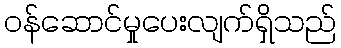
ဝန်ဆောင်မှုပေးလျက်ရှိသည်